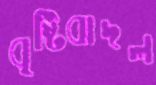
বৃষ্টিবাদল